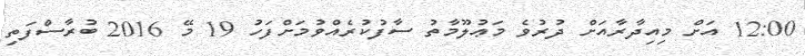
12:00 އަށް މިއިދާރާއަށް ދުރުވެ މަޢުލޫމާތު ސާފުކުރެއްވުމަށްފަހު 19 މޭ 2016 ބުރާސްފަތި